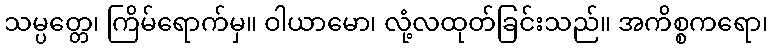
သမ္ပတ္တေ၊ ကြိမ်ရောက်မှ။ ဝါယာမော၊ လုံ့လထုတ်ခြင်းသည်။ အကိစ္စကရော၊